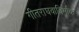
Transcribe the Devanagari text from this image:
गीतराघवाविर्भावः